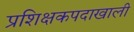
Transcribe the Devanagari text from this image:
प्रशिक्षकपदाखाली